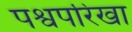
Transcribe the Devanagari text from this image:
पश्वपरिखा